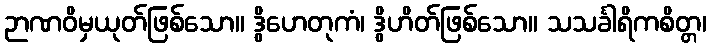
ဉာဏဝိမှယုတ်ဖြစ်သော။ ဒွိဟေတုကံ၊ ဒွိဟိတ်ဖြစ်သော။ သသင်္ခါရိကစိတ္တ၊